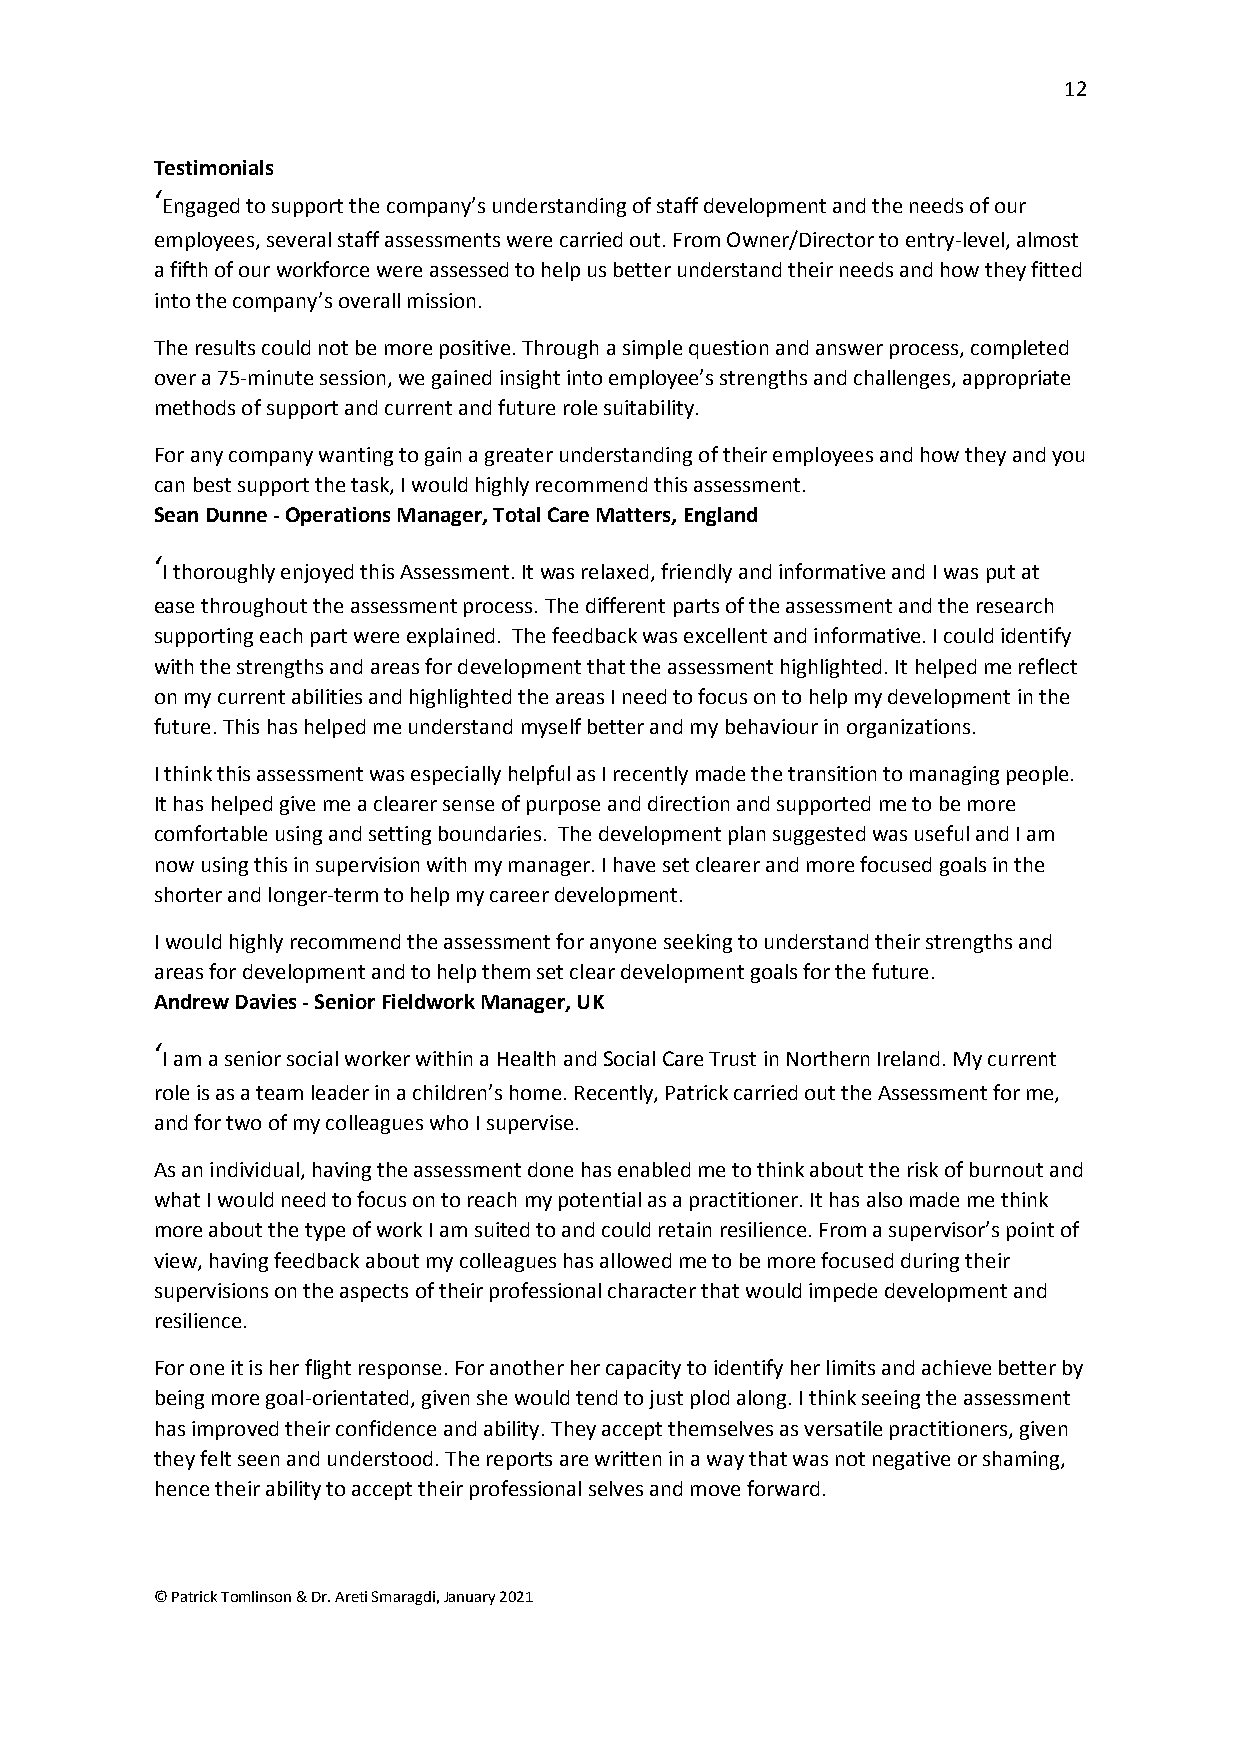
12
 Testimonials
 ‘
 Engaged to support the company’s understanding of staff development and the needs of our
 employees, several staff assessments were carried out. From Owner/Director to entry-level, almost
 a fifth of our workforce were assessed to help us better understand their needs and how they fitted
 into the company’s overall mission.
 The results could not be more positive. Through a simple question and answer process, completed
 over a 75-minute session, we gained insight into employee’s strengths and challenges, appropriate
 methods of support and current and future role suitability.
 For any company wanting to gain a greater understanding of their employees and how they and you
 can best support the task, I would highly recommend this assessment.
 Sean Dunne - Operations Manager, Total Care Matters, England
 ‘
 I thoroughly enjoyed this Assessment. It was relaxed, friendly and informative and I was put at
 ease throughout the assessment process. The different parts of the assessment and the research
 supporting each part were explained. The feedback was excellent and informative. I could identify
 with the strengths and areas for development that the assessment highlighted. It helped me reflect
 on my current abilities and highlighted the areas I need to focus on to help my development in the
 future. This has helped me understand myself better and my behaviour in organizations.
 I think this assessment was especially helpful as I recently made the transition to managing people.
 It has helped give me a clearer sense of purpose and direction and supported me to be more
 comfortable using and setting boundaries. The development plan suggested was useful and I am
 now using this in supervision with my manager. I have set clearer and more focused goals in the
 shorter and longer-term to help my career development.
 I would highly recommend the assessment for anyone seeking to understand their strengths and
 areas for development and to help them set clear development goals for the future.
 Andrew Davies - Senior Fieldwork Manager, UK
 ‘
 I am a senior social worker within a Health and Social Care Trust in Northern Ireland. My current
 role is as a team leader in a children’s home. Recently, Patrick carried out the Assessment for me,
 and for two of my colleagues who I supervise.
 As an individual, having the assessment done has enabled me to think about the risk of burnout and
 what I would need to focus on to reach my potential as a practitioner. It has also made me think
 more about the type of work I am suited to and could retain resilience. From a supervisor’s point of
 view, having feedback about my colleagues has allowed me to be more focused during their
 supervisions on the aspects of their professional character that would impede development and
 resilience.
 For one it is her flight response. For another her capacity to identify her limits and achieve better by
 being more goal-orientated, given she would tend to just plod along. I think seeing the assessment
 has improved their confidence and ability. They accept themselves as versatile practitioners, given
 they felt seen and understood. The reports are written in a way that was not negative or shaming,
 hence their ability to accept their professional selves and move forward.
 © Patrick Tomlinson & Dr. Areti Smaragdi, January 2021